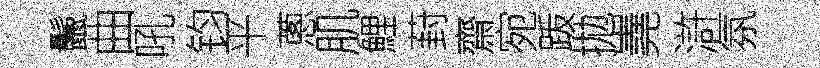
鬛曲吼钧平蔥肌鯉葑齋宛䟦拋嶤滸氛